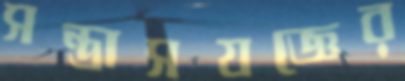
সন্ত্রাসযজ্ঞের